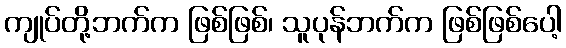
ကျုပ်တို့ဘက်က ဖြစ်ဖြစ်၊ သူပုန်ဘက်က ဖြစ်ဖြစ်ပေါ့